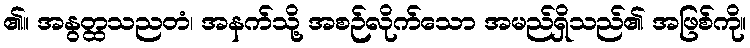
၏။ အနွတ္ထသညတံ၊ အနက်သို့ အစဉ်လိုက်သော အမည်ရှိသည်၏ အဖြစ်ကို။